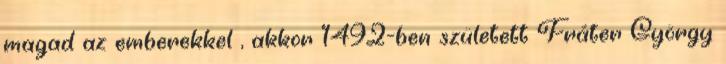
magad az emberekkel , akkor 1492-ben született Fráter György